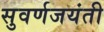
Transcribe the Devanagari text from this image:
सुवर्णजयंती